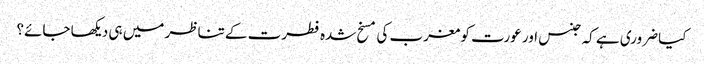
کیا ضروری ہے کہ جنس اور عورت کو مغرب کی مسخ شدہ فطرت کے تناظر میں ہی دیکھا جائے؟